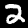
Digit: 2